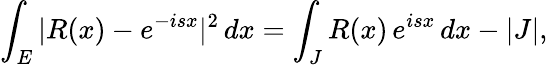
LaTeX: \int_{E}|R(x)-e^{-isx}|^{2}\, dx=\int_{J}R(x)\, e^{isx}\, dx-|J|,